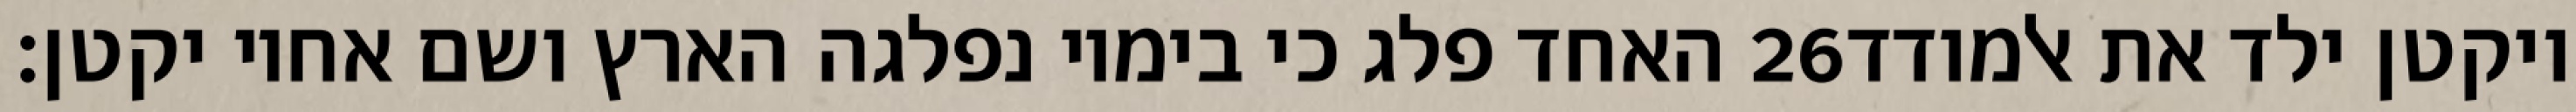
האחד פלג כי בימיו נפלגה הארץ ושם אחיו יקטן׃ ‎26‏ ויקטן ילד את אלמודד